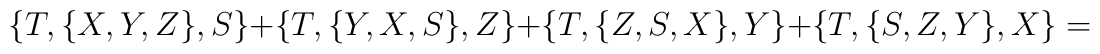
\{T,\{X,Y,Z\},S\}+\{T,\{Y,X,S\},Z\}+\{T,\{Z,S,X\},Y\}+\{T,\{S,Z,Y\},X\}=